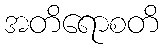
အတိရောစတိ